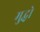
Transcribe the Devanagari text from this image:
मुद्धो